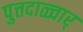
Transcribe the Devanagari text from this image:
पुत्तदाळ्वार्